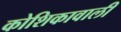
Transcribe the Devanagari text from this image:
कोशिकावाली